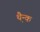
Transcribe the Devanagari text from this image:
थ़ैन्क